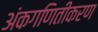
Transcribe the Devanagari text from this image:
अंकगणितीकरण